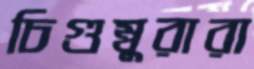
চিগুম্বুরারা